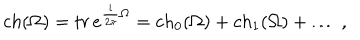
LaTeX: c h ( \Omega ) = t r \, e ^ { \frac { i } { 2 \pi } \Omega } = c h _ { 0 } ( \Omega ) + c h _ { 1 } ( \Omega ) + \ldots \; ,